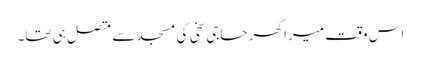
اس وقت میرا گھر حاجی سخی کی مسجد سے متصل ہی تھا۔